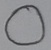
Text: O